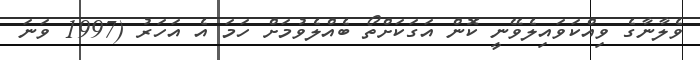
ވެލާނާގެ ވިއްކަވައިލެވޭނީ ކޮން އަގަކަށްތޯ ބެއްލެވުމަށް ހަމަ އެ އަހަރު (1997 ވަނަ